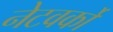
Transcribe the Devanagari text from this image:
नेटवर्को